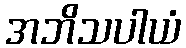
အဘိသပါယံ